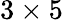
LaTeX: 3\times 5